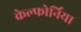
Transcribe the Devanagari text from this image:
केल्फोर्निया